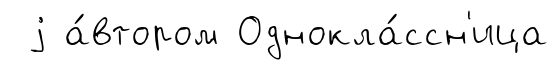
j а́втором Однокла́ссн'ица